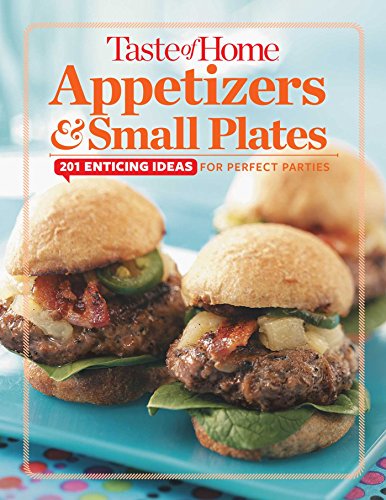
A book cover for Taste of Home Appetizers & Small Plates: 201 Enticing Ideas For Perfect Parties; Taste of Home Taste of Home; Cookbooks, Food & Wine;